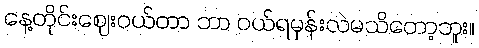
နေ့တိုင်းဈေးဝယ်တာ ဘာ ဝယ်ရမှန်းလဲမသိတော့ဘူး။